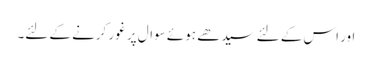
اور اس کے لئے سیدھے ہوئے سوال پر غور کرنے کے لئے۔